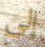
إلى